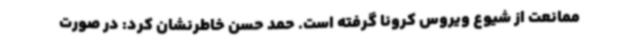
ممانعت از شیوع ویروس کرونا گرفته است. حمد حسن خاطرنشان کرد: در صورت